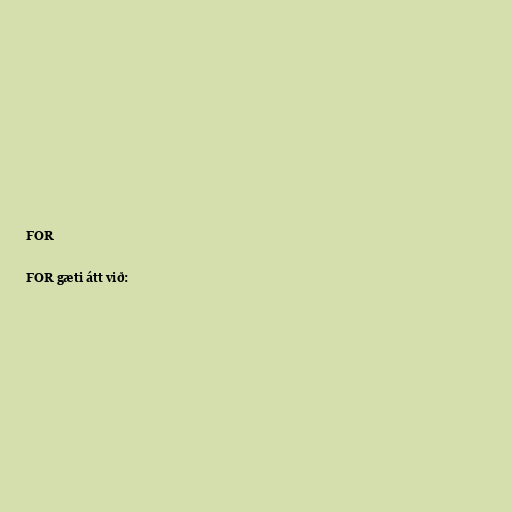
FOR

FOR gæti átt við: